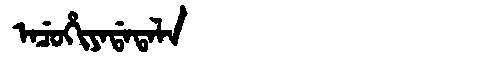
Manchu: ᠠᠴᡠᡥᡳᠶᠠᡩᠠᡨᠠᠯᠠ
Romanization: ACUHIYADATALA